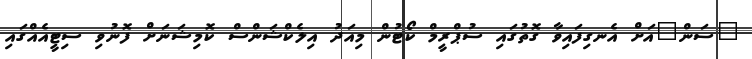
"ސަން"އަށް އެނގިފައިވާ ގޮތުގައި ސުޕްރީމް ކޯޓުން މިއަދު އިލެކްޝަންސް ކޮމިޝަނަށް ފޮނުވި ސިޓީއެއްގައި